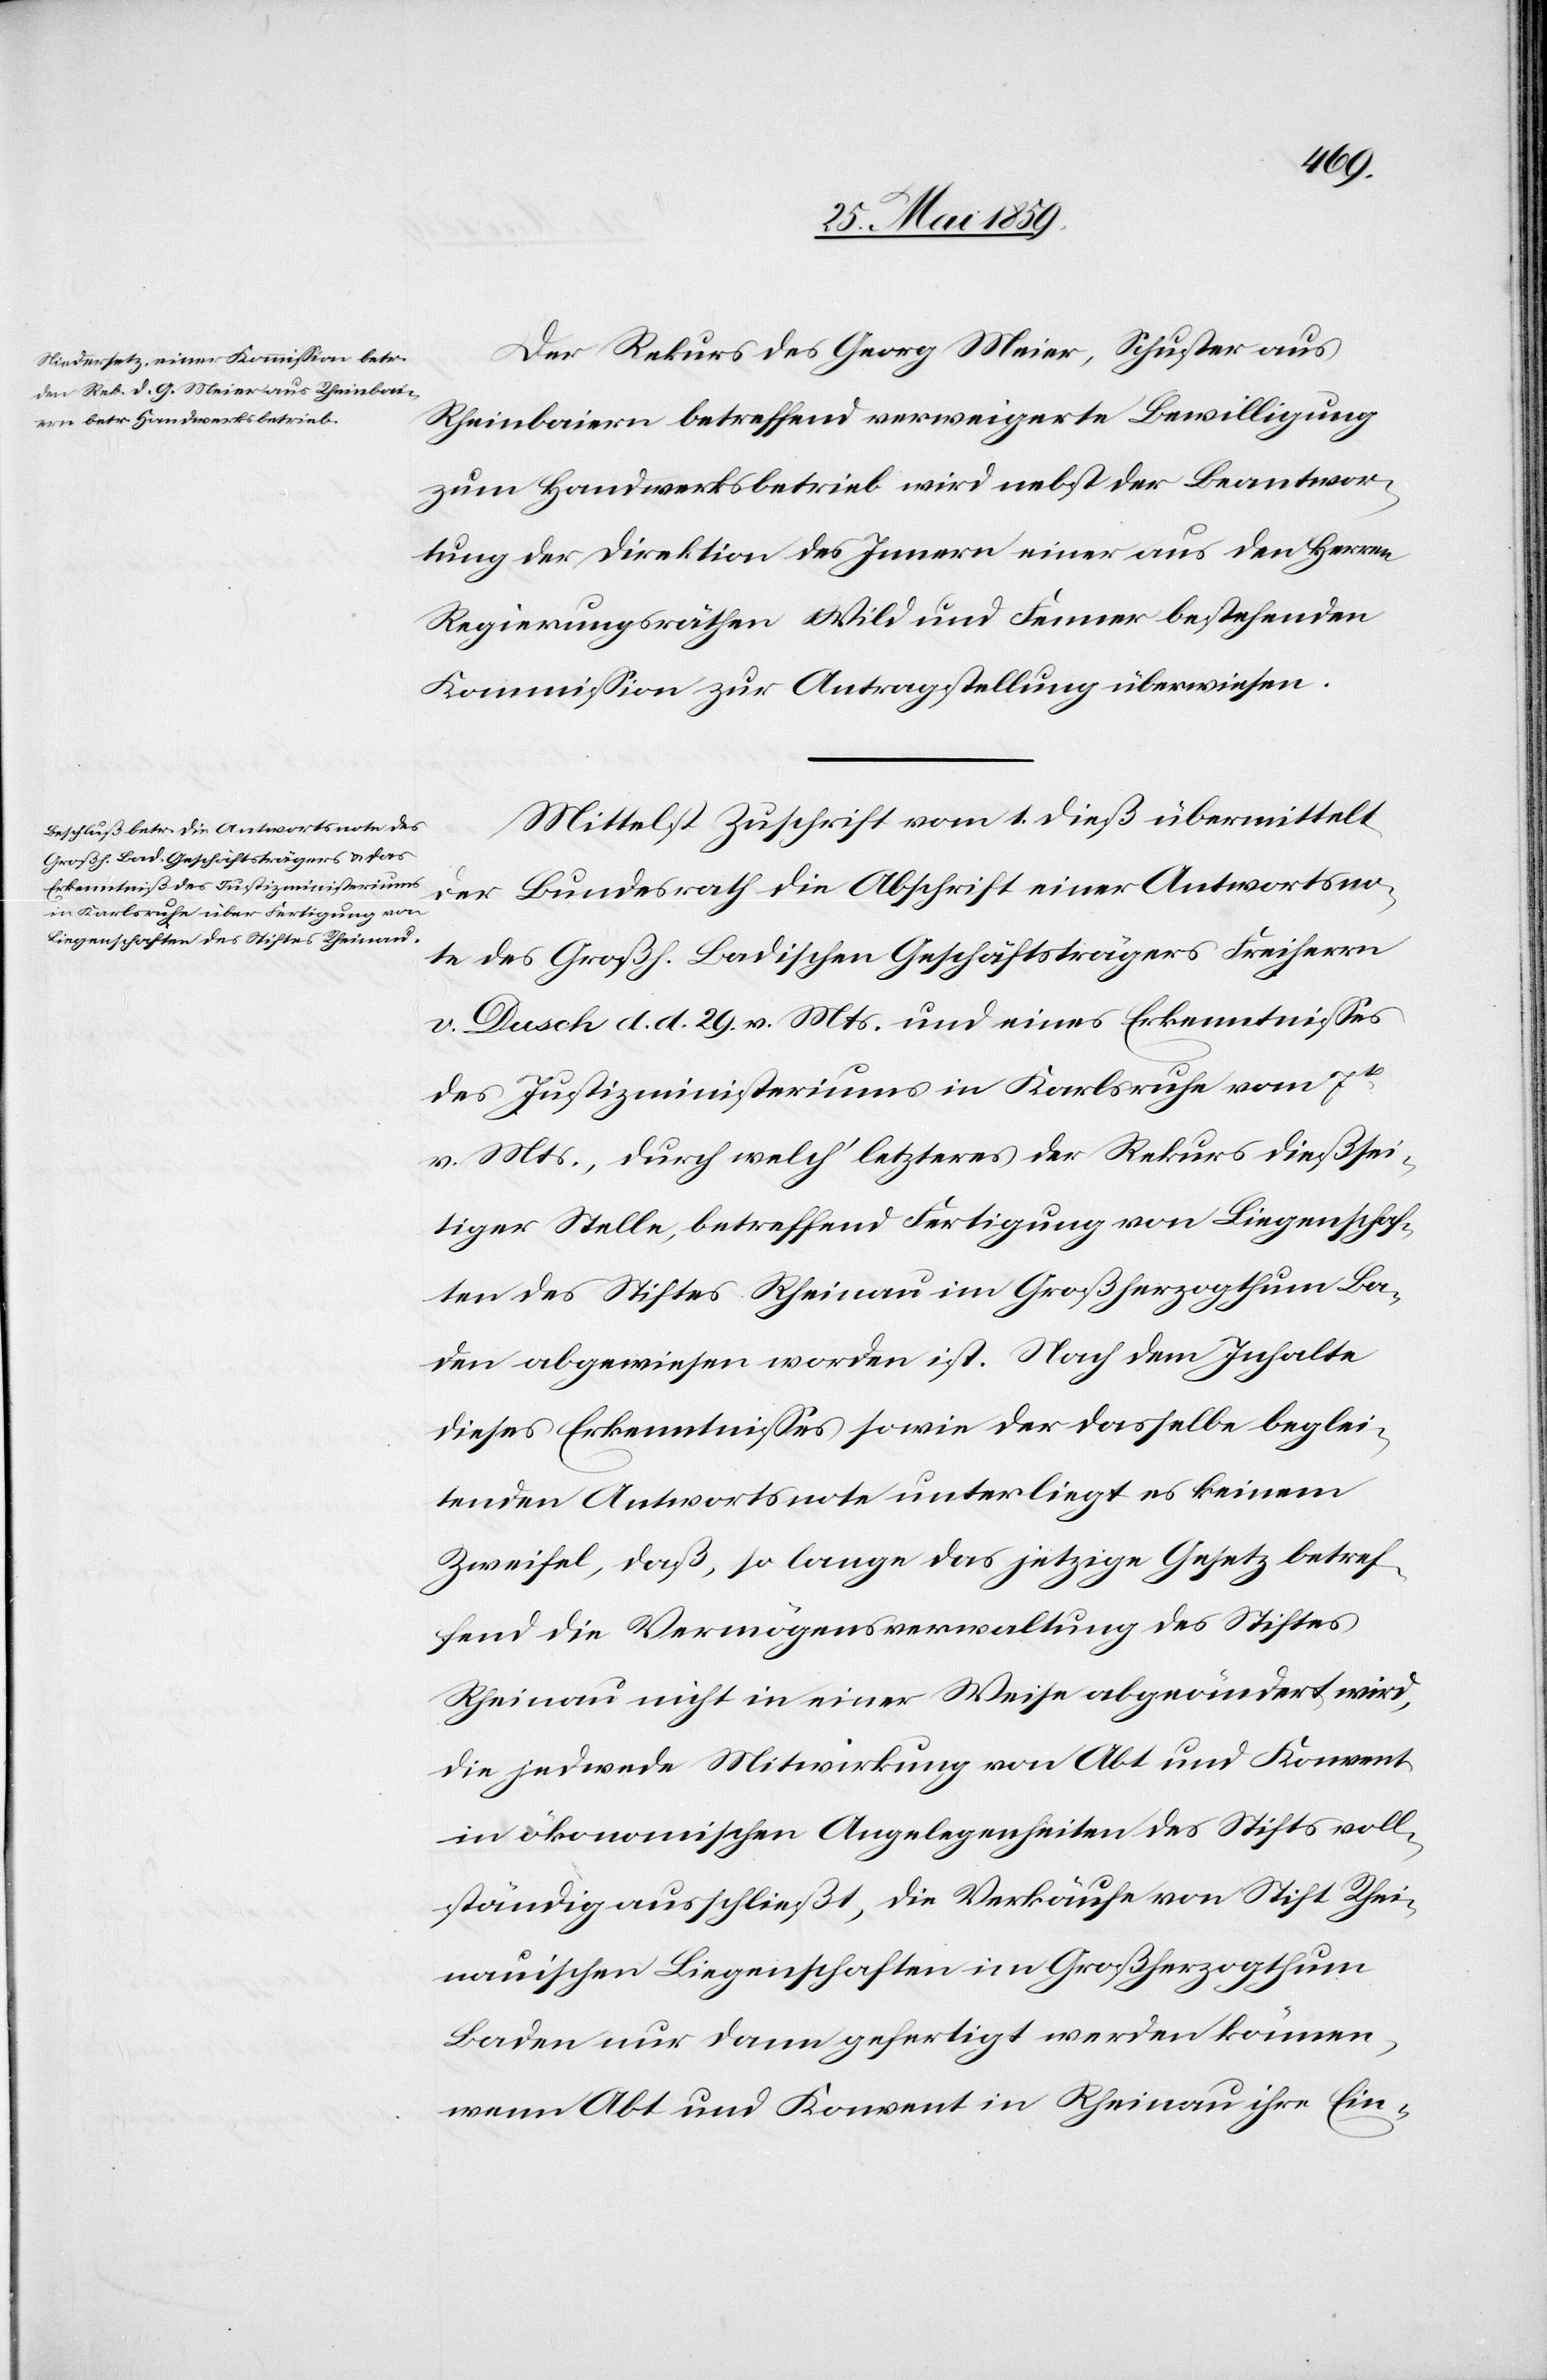
Der Rekurs des Georg Meier, Schuster aus
Rheinbaiern betreffend verweigerte Bewilligung
zum Handwerksbetrieb wird nebst der Beantwor¬
tung der Direktion des Innern einer aus den Herren
Regierungsräthen Wild und Fenner bestehenden
Kommission zur Antragstellung überwiesen.
Mittelst Zuschrift vom 1. dieß übermittelt
der Bundesrath die Abschrift einer Antwortsno¬
te des Großh. Badischen Geschäftsträgers Freiherrn
v. Dusch d. d. 29. v. Mts. und eines Erkenntnisses
des Justizministeriums in Karlsruhe vom 7ten
v. Mts., durch welch' letzteres der Rekurs dießsei¬
tiger Stelle, betreffend Fertigung von Liegenschaf¬
ten des Stiftes Rheinau im Großherzogthum Ba¬
den abgewiesen worden ist. Nach dem Inhalte
dieses Erkenntnisses so wie der dasselbe beglei¬
tenden Antwortsnote unterliegt es keinem
Zweifel, daß, so lange das jetzige Gesetz betref¬
fend die Vermögensverwaltung des Stiftes
Rheinau nicht in einer Weise abgeändert wird,
die jedwede Mitwirkung von Abt und Konvent
in ökonomischen Angelegenheiten des Stifts voll¬
ständig ausschließt, die Verkäufe von Stift Rhei¬
nauischen Liegenschaften im Großherzogthum
Baden nur dann gefertigt werden können,
wenn Abt und Konvent in Rheinau ihre Ein-